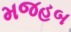
મજહબ